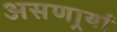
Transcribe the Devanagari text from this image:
असणार्र्या